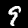
Digit: 9